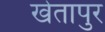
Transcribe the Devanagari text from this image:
खेतापुर